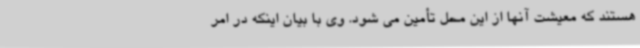
هستند که معیشت آنها از این محل تأمین می شود. وی با بیان اینکه در امر